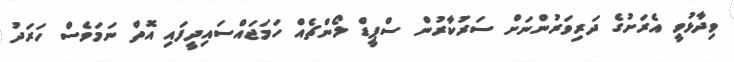
ވިދާޅުވީ އެރަށުގެ ދަރިވަރުންނަށް ސަރުކާރުން ސްޕީޑް ލޯންޗެއް ހަމަޖައްސައިދީފައި އޮތް ނަމަވެސް ހަަރަދު